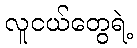
လူငယ်တွေရဲ့